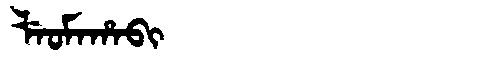
Manchu: ᠯᡝᠣᠮᠠᡥᠠᠪᡳ
Romanization: LEOMAHABI